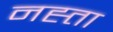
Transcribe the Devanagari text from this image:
नह्ता